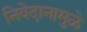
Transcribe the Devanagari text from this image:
निवेदानामुळे